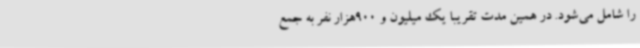
را شامل می‌شود. در همین مدت تقریباً یک میلیون و 900هزار نفر به جمع